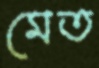
মেত